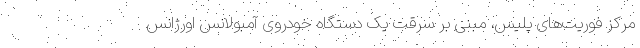
مرکز فوریت‌های پلیس، مبنی بر سرقت یک دستگاه خودروی آمبولانس اورژانس